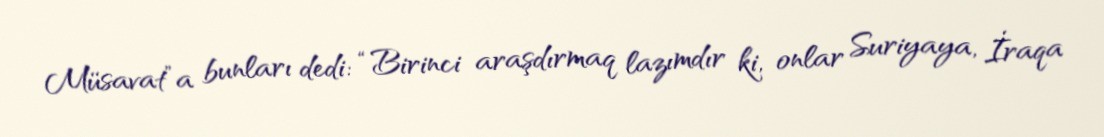
Müsavat”a bunları dedi: “Birinci araşdırmaq lazımdır ki, onlar Suriyaya, İraqa